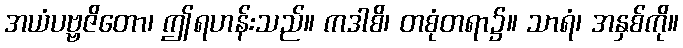
အယံပဗ္ဗဇိတော၊ ဤရဟန်းသည်။ ကဒါစိ၊ တစုံတရာ၌။ သာရံ၊ အနှစ်ကို။